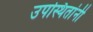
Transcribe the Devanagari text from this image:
उपस्थितांनी